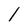
Character: 1